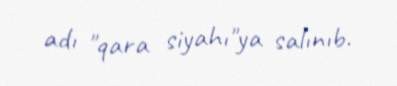
adı "qara siyahı"ya salınıb.